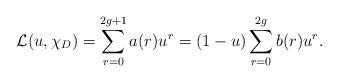
LaTeX: \begin{align*} \mathcal{L}(u,\chi_D) = \sum_{r=0}^{2g+1} a(r) u^r = (1-u) \sum_{r=0}^{2g} b(r)u^r.\end{align*}